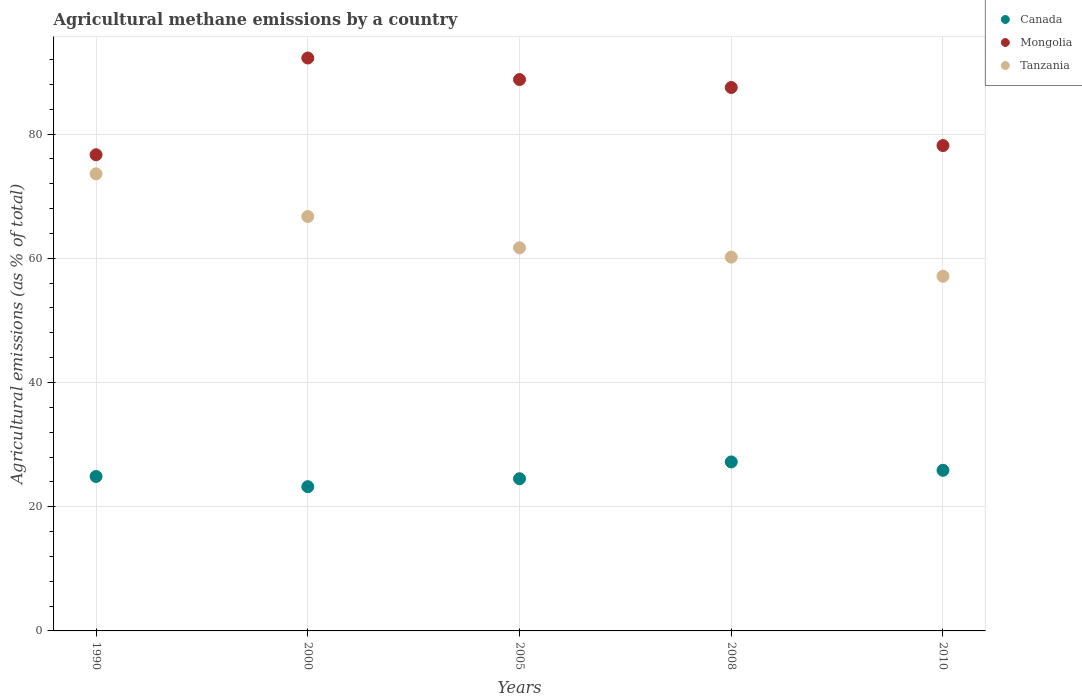
| Years | Canada | Mongolia | Tanzania |
 | --- | --- | --- | --- |
 | 1990 | 24.9 | 76.7 | 73.6 |
 | 2000 | 23.2 | 92.2 | 66.7 |
 | 2005 | 24.5 | 88.8 | 61.7 |
 | 2008 | 27.2 | 87.5 | 60.2 |
 | 2010 | 25.9 | 78.1 | 57.1 |